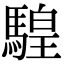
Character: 騜